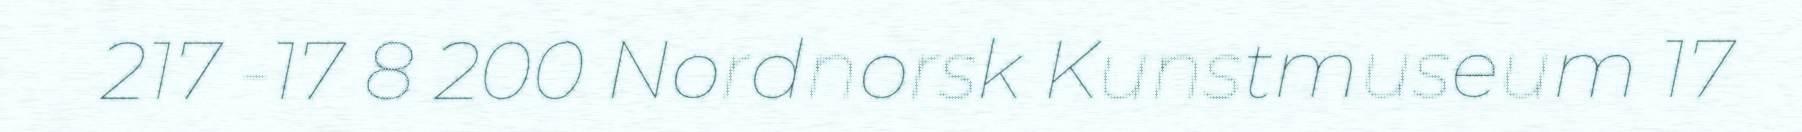
217 -17 8 200 Nordnorsk Kunstmuseum 17